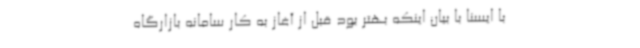
با ایسنا با بیان اینکه بهتر بود قبل از آغاز به کار سامانه بازارگاه